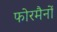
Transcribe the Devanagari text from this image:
फोरमैनाें